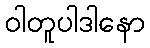
ဝါတူပါဒါနော